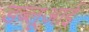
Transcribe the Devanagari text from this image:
डब्लूआई